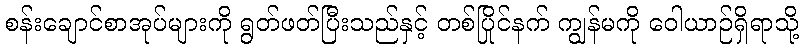
စန်းချောင်စာအုပ်များကို ရွတ်ဖတ်ပြီးသည်နှင့် တစ်ပြိုင်နက် ကျွန်မကို ဝေါယာဉ်ရှိရာသို့